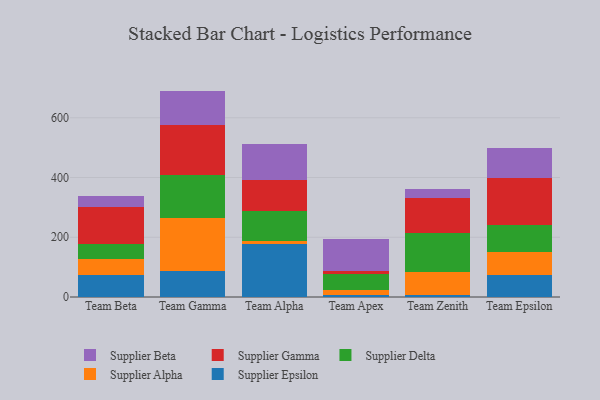
{"axis": {"x": "Team", "y": "Production Output"}, "legend": ["Supplier Alpha", "Supplier Beta", "Supplier Delta", "Supplier Epsilon", "Supplier Gamma"], "data": [{"x": "Team Beta", "y": 72.8, "type": "Supplier Epsilon"}, {"x": "Team Beta", "y": 55.9, "type": "Supplier Alpha"}, {"x": "Team Beta", "y": 47.1, "type": "Supplier Delta"}, {"x": "Team Beta", "y": 126.4, "type": "Supplier Gamma"}, {"x": "Team Beta", "y": 36.4, "type": "Supplier Beta"}, {"x": "Team Gamma", "y": 88.3, "type": "Supplier Epsilon"}, {"x": "Team Gamma", "y": 175.7, "type": "Supplier Alpha"}, {"x": "Team Gamma", "y": 145.0, "type": "Supplier Delta"}, {"x": "Team Gamma", "y": 166.7, "type": "Supplier Gamma"}, {"x": "Team Gamma", "y": 114.4, "type": "Supplier Beta"}, {"x": "Team Alpha", "y": 178.3, "type": "Supplier Epsilon"}, {"x": "Team Alpha", "y": 9.2, "type": "Supplier Alpha"}, {"x": "Team Alpha", "y": 99.5, "type": "Supplier Delta"}, {"x": "Team Alpha", "y": 105.5, "type": "Supplier Gamma"}, {"x": "Team Alpha", "y": 118.7, "type": "Supplier Beta"}, {"x": "Team Apex", "y": 7.2, "type": "Supplier Epsilon"}, {"x": "Team Apex", "y": 17.6, "type": "Supplier Alpha"}, {"x": "Team Apex", "y": 51.9, "type": "Supplier Delta"}, {"x": "Team Apex", "y": 11.3, "type": "Supplier Gamma"}, {"x": "Team Apex", "y": 105.2, "type": "Supplier Beta"}, {"x": "Team Zenith", "y": 5.7, "type": "Supplier Epsilon"}, {"x": "Team Zenith", "y": 76.8, "type": "Supplier Alpha"}, {"x": "Team Zenith", "y": 130.1, "type": "Supplier Delta"}, {"x": "Team Zenith", "y": 119.1, "type": "Supplier Gamma"}, {"x": "Team Zenith", "y": 30.3, "type": "Supplier Beta"}, {"x": "Team Epsilon", "y": 73.9, "type": "Supplier Epsilon"}, {"x": "Team Epsilon", "y": 78.2, "type": "Supplier Alpha"}, {"x": "Team Epsilon", "y": 87.4, "type": "Supplier Delta"}, {"x": "Team Epsilon", "y": 158.2, "type": "Supplier Gamma"}, {"x": "Team Epsilon", "y": 100.3, "type": "Supplier Beta"}]}